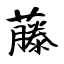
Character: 藤